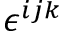
\epsilon ^ { i j k }